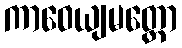
ကာဝေယျမတ္တော